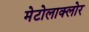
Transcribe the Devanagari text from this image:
मेटोलाक्‍लोर